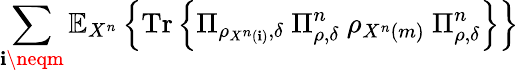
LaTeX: \sum_{\mathbf{i}\neqm}\mathbb{{E}}_{X^{n}}\left\{ {\mathrm{{Tr}}}\left\{ \Pi_{\rho_{X^{n}\left(\mathbf{i}\right)},\delta}\ \Pi_{\rho,\delta}^{n}\ \rho_{X^{n}\left(m\right)}\ \Pi_{\rho,\delta}^{n}\right\} \right\}